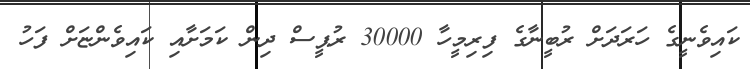
ކައިވެނީގެ ހަރަދަށް ރުބީނާގެ ފިރިމީހާ 30000 ރުޕީސް ދިން ކަމަށާއި ކައިވެންޏަށް ފަހު